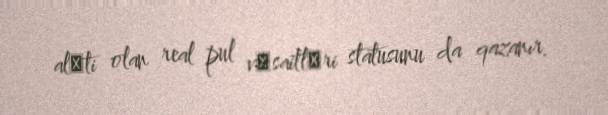
alәti olan real pul vәsaitlәri statusunu da qazanır.